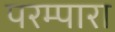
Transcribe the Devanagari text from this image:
परम्पारा